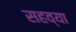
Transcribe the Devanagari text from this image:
सहव्या